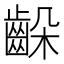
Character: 𪘉